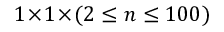
1 \! \times \! 1 \! \times \! ( 2 \leq n \leq 1 0 0 )